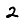
Digit: 2